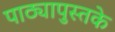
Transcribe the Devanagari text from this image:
पाठ्यापुस्तके